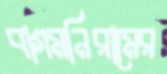
বাগমনিরামের